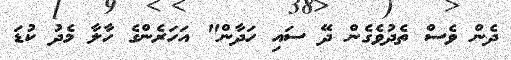
ދެން ވެސް ތެދުވެގެން ދޭ ސައި ހަދާން" އަހަރެންގެ ހާލާ މެދު ކުޑަ